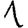
Digit: 1